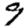
Digit: 9